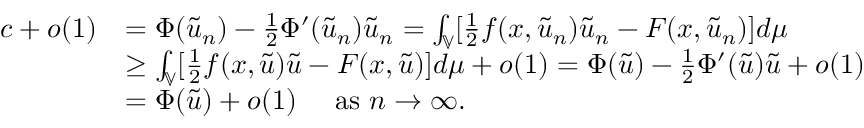
\begin{array} { r l } { c + o ( 1 ) } & { = \Phi ( \tilde { u } _ { n } ) - \frac { 1 } { 2 } \Phi ^ { \prime } ( \tilde { u } _ { n } ) \tilde { u } _ { n } = \int _ { \mathbb { V } } [ \frac { 1 } { 2 } f ( x , \tilde { u } _ { n } ) \tilde { u } _ { n } - F ( x , \tilde { u } _ { n } ) ] d \mu } \\ & { \geq \int _ { \mathbb { V } } [ \frac { 1 } { 2 } f ( x , \tilde { u } ) \tilde { u } - F ( x , \tilde { u } ) ] d \mu + o ( 1 ) = \Phi ( \tilde { u } ) - \frac { 1 } { 2 } \Phi ^ { \prime } ( \tilde { u } ) \tilde { u } + o ( 1 ) } \\ & { = \Phi ( \tilde { u } ) + o ( 1 ) \quad \mathrm { ~ a s ~ } n \to \infty . } \end{array}